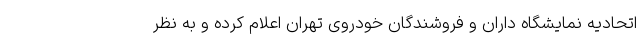
اتحادیه نمایشگاه داران و فروشندگان خودروی تهران اعلام کرده و به نظر